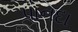
પાનદા